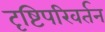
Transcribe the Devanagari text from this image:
दृष्टिपरिवर्तन